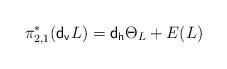
LaTeX: \begin{align*}\pi_{2,1}^*(\mathsf{d_v}{L})=\mathsf{d_h}\Theta_L + E({L})\end{align*}